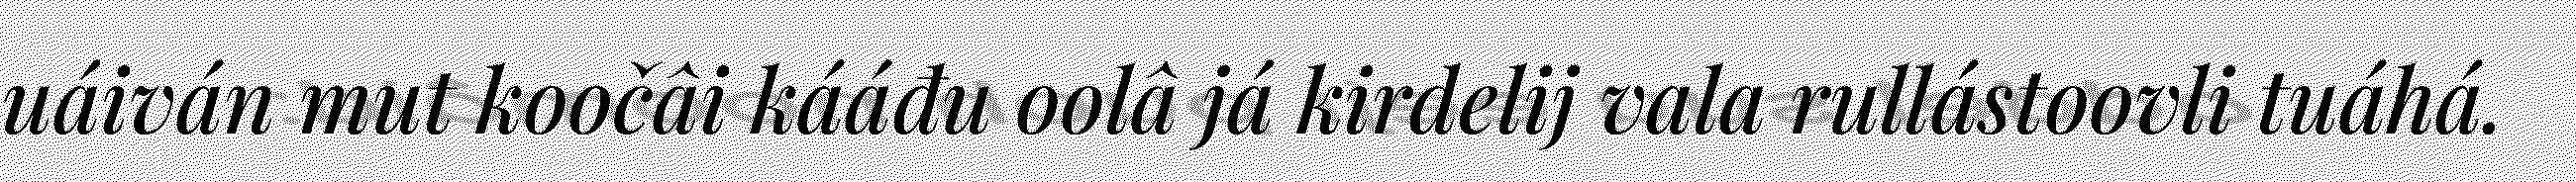
uáiván mut koočâi kááđu oolâ já kirdelij vala rullástoovli tuáhá.